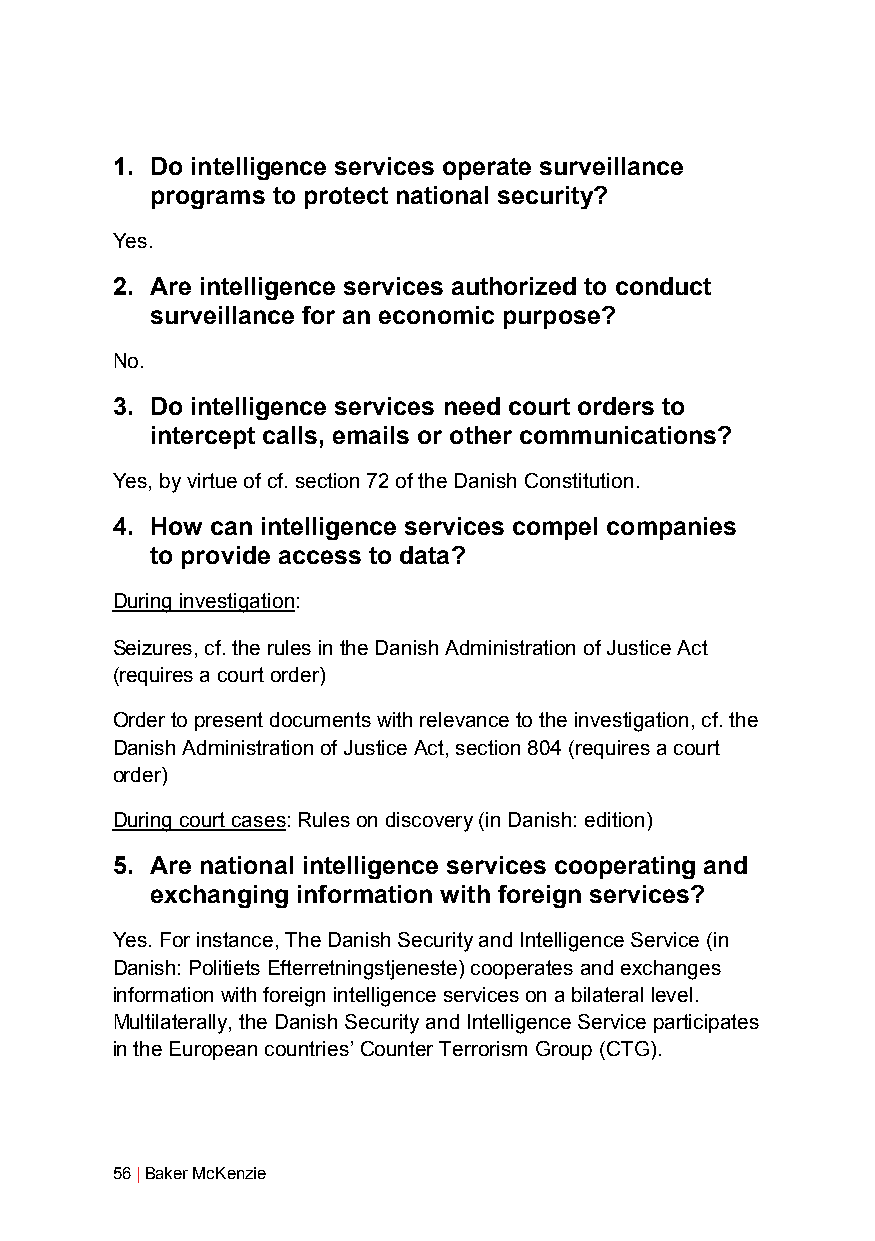
1. Do intelligence services operate surveillance
 programs to protect national security?
 Yes.
 2. Are intelligence services authorized to conduct
 surveillance for an economic purpose?
 No.
 3. Do intelligence services need court orders to
 intercept calls, emails or other communications?
 Yes, by virtue of cf. section 72 of the Danish Constitution.
 4. How can intelligence services compel companies
 to provide access to data?
 During investigation:
 Seizures, cf. the rules in the Danish Administration of Justice Act
 (requires a court order)
 Order to present documents with relevance to the investigation, cf. the
 Danish Administration of Justice Act, section 804 (requires a court
 order)
 During court cases: Rules on discovery (in Danish: edition)
 5. Are national intelligence services cooperating and
 exchanging information with foreign services?
 Yes. For instance, The Danish Security and Intelligence Service (in
 Danish: Politiets Efterretningstjeneste) cooperates and exchanges
 information with foreign intelligence services on a bilateral level.
 Multilaterally, the Danish Security and Intelligence Service participates
 in the European countries’ Counter Terrorism Group (CTG).
 56 | Baker McKenzie